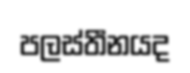
පලස්තීනයද